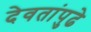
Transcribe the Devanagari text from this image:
देवतांपुढे